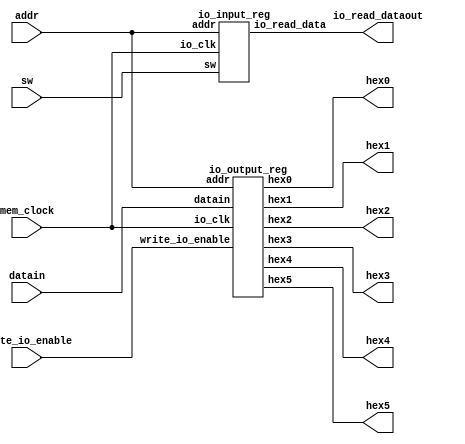
module io_mem_dram(addr, datain, write_io_enable, mem_clock, sw, hex0, hex1, hex2, hex3, hex4, hex5, io_read_dataout);
	input  [31:0] 	addr, datain;
	input 			write_io_enable, mem_clock;
	input  [9:0]	sw;
	output [6:0]	hex0, hex1, hex2, hex3, hex4, hex5;
	output [31:0]	io_read_dataout;
	
	io_output_reg io_output_regx2(addr, datain, write_io_enable, mem_clock, hex0, hex1, hex2, hex3, hex4, hex5);
	io_input_reg  io_input_regx2(addr, mem_clock, io_read_dataout, sw);
	
endmodule
module io_output_reg (addr,datain,write_io_enable,io_clk, hex0,hex1, hex2,hex3,hex4,hex5 );
	input [31:0] addr,datain;
	input write_io_enable,io_clk;
	
	output [6:0] hex0,hex1,hex2,hex3,hex4,hex5;
	reg[3:0] operand_left_high, operand_left_low, operand_right_high, operand_right_low, result_high, result_low;
	sevenseg LED8_result_high ( result_high, hex1 );
	sevenseg LED8_result_low ( result_low, hex0 );
	sevenseg LED8_operand_right_high ( operand_right_high, hex3 );
	sevenseg LED8_operand_right_low ( operand_right_low, hex2 );
	sevenseg LED8_operand_left_high ( operand_left_high, hex5 );
	sevenseg LED8_operand_left_low ( operand_left_low, hex4 );

	always @(posedge io_clk)
		begin
		if (write_io_enable == 1)
			case (addr[7:2])
				6'b100000:
				begin
					result_high <= datain / 10;
					result_low <= datain % 10;
				end
				6'b100001:
				begin
					operand_right_high <= datain / 10;
					operand_right_low <= datain % 10;
				end
				6'b100010:
				begin
					operand_left_high <= datain / 10;
					operand_left_low <= datain % 10;
				end
			endcase
		end
endmodule

module io_input_reg (addr,io_clk,io_read_data,sw);
	input [31:0] addr;
	input io_clk;
	input [9:0] sw;
	output [31:0] io_read_data;
	
	reg [31:0] in_reg0; // input port0
	reg [31:0] in_reg1; // input port1

	io_input_mux io_input_mux2x32(in_reg0,in_reg1,addr[7:2],io_read_data);
	always @(posedge io_clk) 
	begin
	 in_reg0 <= {27'b0, sw[4:0]}; //  io_clk 
	 in_reg1 <= {27'b0, sw[9:5]}; //  io_clk 

	 end
endmodule 

module io_input_mux(a0,a1,sel_addr,y);
	input [31:0] a0,a1;
	input [ 5:0] sel_addr;
	output [31:0] y;
	reg [31:0] y;

	always @ *
		case (sel_addr)
			6'b110000: y = a0;
			6'b110001: y = a1;
			default: y = a0;
		endcase
endmodule

module sevenseg ( data, ledsegments);
input [3:0] data;
output[6:0] ledsegments;
reg [6:0] ledsegments;
always @ (*)
 case(data)
 // gfe_dcba // 7  LED 
 // 654_3210 // DE1-SOC 
 0: ledsegments = 7'b100_0000; // DE1-SOC 
 1: ledsegments = 7'b111_1001;
 2: ledsegments = 7'b010_0100;
 3: ledsegments = 7'b011_0000;
 4: ledsegments = 7'b001_1001;
 5: ledsegments = 7'b001_0010;
 6: ledsegments = 7'b000_0010;
 7: ledsegments = 7'b111_1000;
 8: ledsegments = 7'b000_0000;
 9: ledsegments = 7'b001_0000;
 default: ledsegments = 7'b111_1111; // 
endcase
endmodule